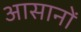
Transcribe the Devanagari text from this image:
आसानों